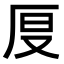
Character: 𠩒